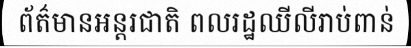
ព័ត៌មានអន្តរជាតិ ពលរដ្ឋឈីលីរាប់ពាន់